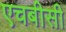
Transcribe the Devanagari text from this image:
एचबीसी